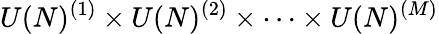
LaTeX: U(N)^{(1)}\times U(N)^{(2)}\times\cdots\times U(N)^{(M)}